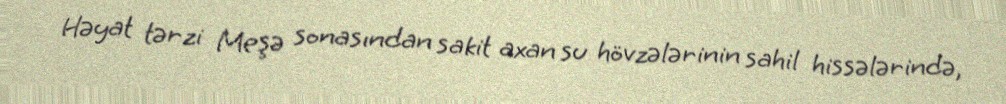
Həyat tərzi Meşə sonasından sakit axan su hövzələrinin sahil hissələrində,